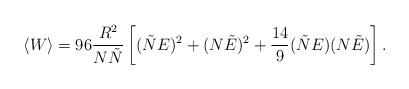
\begin{align*}\langle W\rangle = 96 \frac{R^2}{N \tilde{N}} \left[(\tilde{N} E)^2 + (N\tilde{E})^2 + \frac{14}{9} (\tilde{N} E) (N\tilde{E}) \right].\end{align*}